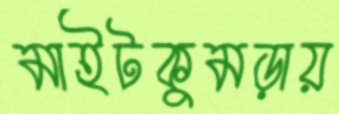
মাইটকুমড়ায়